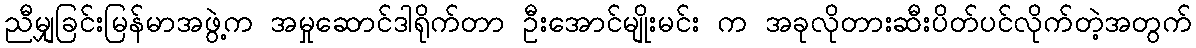
ညီမျှခြင်းမြန်မာအဖွဲ့က အမှုဆောင်ဒါရိုက်တာ ဦးအောင်မျိုးမင်း က အခုလိုတားဆီးပိတ်ပင်လိုက်တဲ့အတွက်